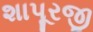
શાપૂરજી